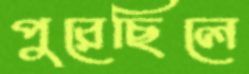
পুরেছিলে